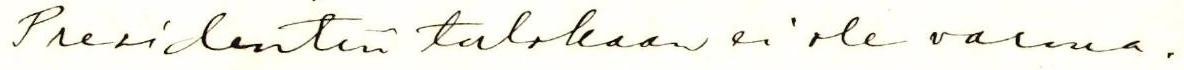
Presidentin tulokaan ei ole varma.